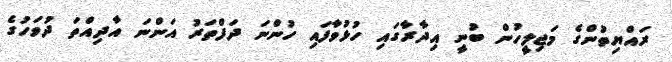
ރައްޔިތުންގެ މަޖިލީހުން ބުނީ އިދާރާގައި ހުޅުވާފައި ހުންނަ ދަފްތަރު އަންނަ އާދިއްތަ ދުވަހުގެ